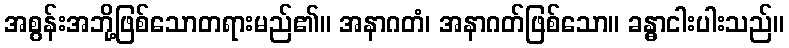
အစွန်းအဘို့ဖြစ်သောတရားမည်၏။ အနာဂတံ၊ အနာဂတ်ဖြစ်သော။ ခန္ဓာငါးပါးသည်။